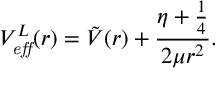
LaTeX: V _ { \it e f f } ^ { L } ( r ) = \tilde { V } ( r ) + \frac { \eta + \frac { 1 } { 4 } } { 2 \mu r ^ { 2 } } .